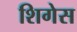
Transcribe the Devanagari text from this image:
शिगेस